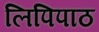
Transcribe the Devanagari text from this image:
लिपिपाठ